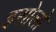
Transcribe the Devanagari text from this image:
इसोलो